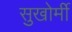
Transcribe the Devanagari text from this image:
सुखोर्मी